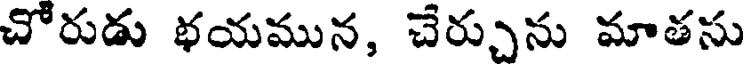
చోరుడు భయమున, చేర్చును మాతసు